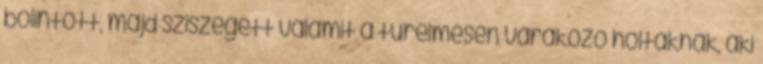
bólintott, majd sziszegett valamit a türelmesen várakozó holtaknak, aki